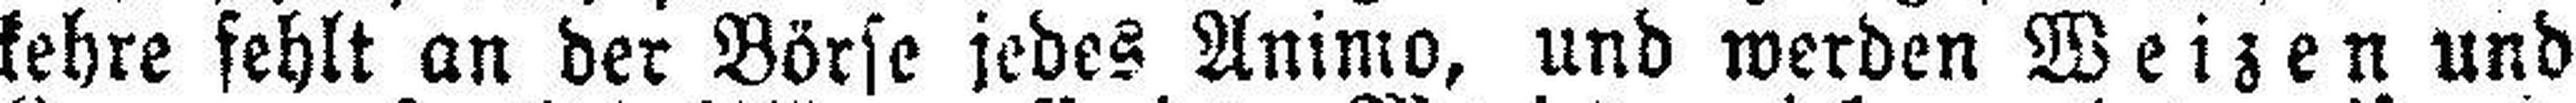
kehre fehlt an der Börse jedes Animo, und werden Weizen und